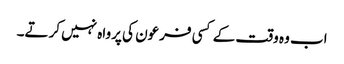
اب وہ وقت کے کسی فرعون کی پرواہ نہیں کرتے۔